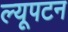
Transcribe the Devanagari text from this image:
ल्यूपटन